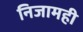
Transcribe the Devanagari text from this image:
निजामही